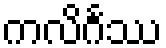
ကလိင်္ဂဿ